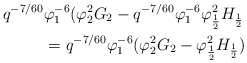
\begin{align*} q^{-7/60}&\varphi_1^{-6}(\varphi_2^2G_2-q^{-7/60}\varphi_1^{-6}\varphi_\frac{1}{2}^2H_\frac{1}{2}\\ &= q^{-7/60}\varphi_1^{-6}(\varphi_2^2G_2-\varphi_\frac{1}{2}^2H_\frac{1}{2})\end{align*}